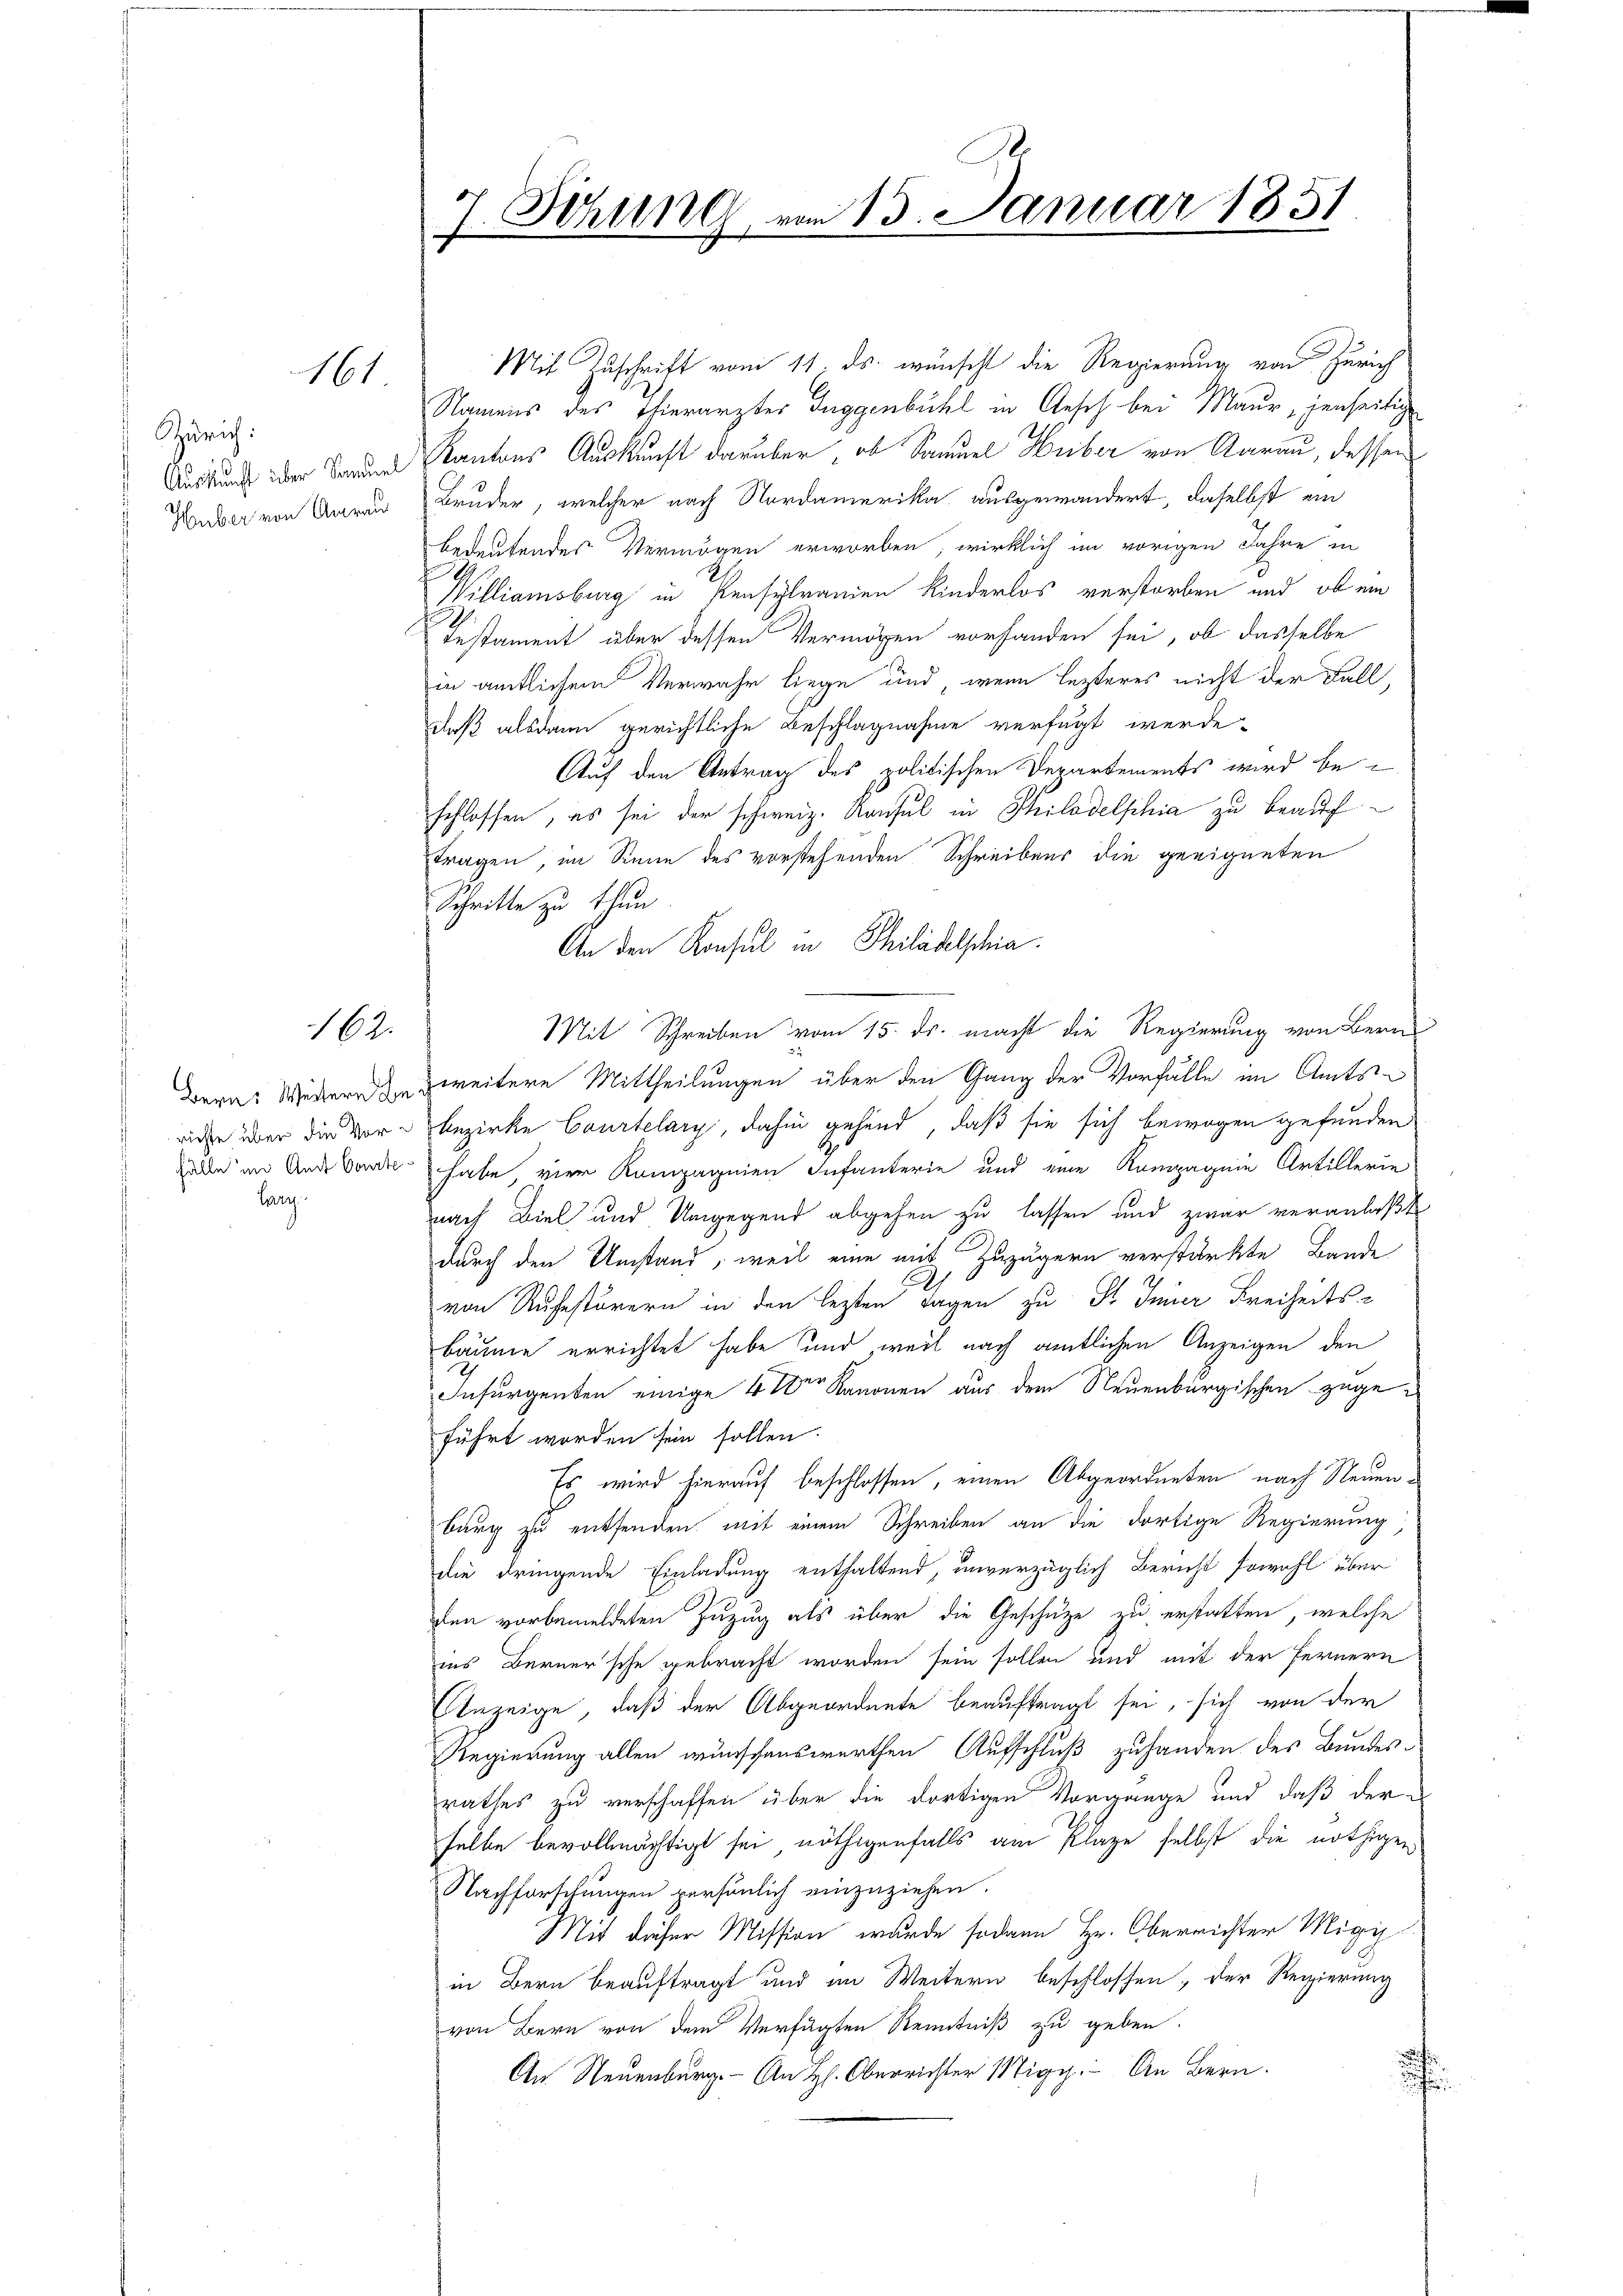
161

Zürich:
Auskunft über Samuel
Huber von Anrau

162.

Fälle im Amt Courte
Larg

J
7. Sitzung vom 13. Januar 1851

Mit Zuschrift vom 11. ds. wünscht die Regierung von Zürich
Namens des Thierarztes Guggenbühl in Anseh bei Maur, jenseitige
Kantons Auskunft darüber, ob Samuel Heiber von Aarau, dessen
Bruder, welcher nach Nordamerika ausgewändert, daselbst ein
bedeutendes Vermögen erworben, wirklich im vorigen Jahre in
Williamsburg in Kensylramen Kinderlos verstorben und ob ein
Testament über dessen Vermögen vorhanden sei, ob dasselbe
in amtlichem Verwahr liege und wenn lezteres nicht der Fall,
daß alsdann gerichtliche Beschlagnahme verfügt werde.
Auf den Antrag des politischen Departements wird beschlossen, es sei der schweiz. Konsul in Philadelphia zu beauftragen, im Sinne des vorstehenden Schreibens die geeigneten
Schritte zu thun
An den Konsul in Philadelschia
Mit Schreiben vom 15. ds. macht die Regierung von Bern
Bern: Widern die zweitere Mittheilungen über den Gang der Vorfälle im Amtsriche über die vor bezirke Courtelary, dahin gehend, daß sie sich bewogen gefunden
habe, vier Kompagnien Infanterie und eine Kompagnie Artillerie
nach Biel und Umgegend abgehen zu lassen und zwar veranlaßt
durch den Umstand, weil eine mit Zuzugern verstärkte Bande
2.
von Ruhestörern in den lezten Tagen zu S. Inner Freiheits-
bäume errichtet habe und weil nach amtlichen Anzeigen den
Infurgenten einige 4 der Kanonen aus dem Neuenburgischen zugeführt worden sein sollen.
Es wird hierauf beschlossen, einen Abgeordneten nach Neuenbarg zu entsenden mit einem Schreiben an die dortige Regierung
die dringende Einladung enthaltend, unverzüglich Bericht sowohl über
den vorbemeldeten Zuzug als über die Geschütze zu erstatten, welche
ins Bernersche gebracht worden sein sollen und mit der Fernern
Anzeige, daß der Abgeordnete beauftragt sei, sich von der
Regierung allen wünschenswerthen Aufschluß zuhanden des Bundes-
rathes zu verschaffen über die dortigen Vorgange und daß der
selbe bevollmächtigt sei, nöthigenfalls am Klage selbst die nöthigen
Nachforschungen persönlich einzuziehen.
Mit dieser Mission wurde sodann Hr. Oberrichter Migiin Bern beauftragt und im Weitern beschlossen; der Regierung
von Bern von dem Verfügten Kenntniß zu geben.
An Neuenburg. An H. Oberrichter Mig. An Bern.
¬